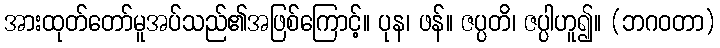
အားထုတ်တော်မူအပ်သည်၏အဖြစ်ကြောင့်။ ပုန၊ ဖန်။ ဇပ္ပတိ၊ ဇပ္ပါဟူ၍။ (ဘဂဝတာ)